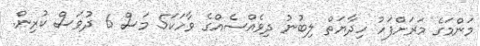
މަންމަގެ މަރަށްފަހު ހިދާޔަތް ލިބުނު ދިވެއްސެއްގެ ވާހަކަ5 މަސް 6 ދުވަސް ކުރިން.